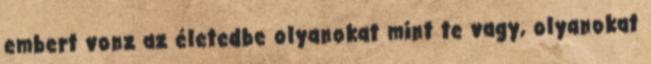
embert vonz az életedbe olyanokat mint te vagy, olyanokat